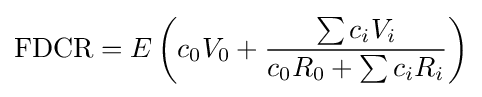
\mathrm {FDCR} =E\left(c_{0}V_{0}+{\frac {\sum c_{i}V_{i}}{c_{0}R_{0}+\sum c_{i}R_{i}}}\right)